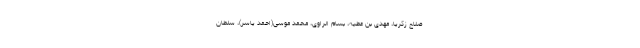
صلاح زکریا، مهدی بن عطیه، بسام الراوی، محمد موسی(احمد یاسر)، سلطان